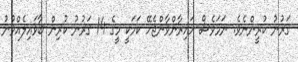
ޤަރުނު ކުރީންނެވެ. ނަމަވެސް ހައިރާންވާންޖެހޭ ކަމަކީ މީގެ 14 ޤަރުނު ކުރިން ބާވައިލެއްވުނު